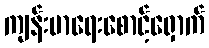
ကျန်းမာရေးစောင့်ရှောက်